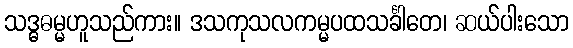
သဒ္ဓဓမ္မဟူသည်ကား။ ဒသကုသလကမ္မပထသင်္ခါတေ၊ ဆယ်ပါးသော